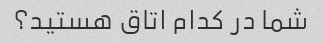
شما در کدام اتاق هستید؟